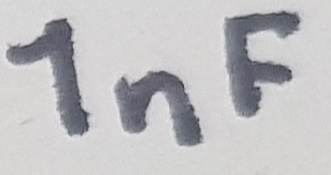
Text: 1nF